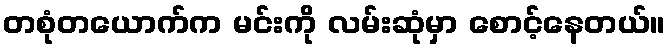
တစုံတယောက်က မင်းကို လမ်းဆုံမှာ စောင့်နေတယ်။